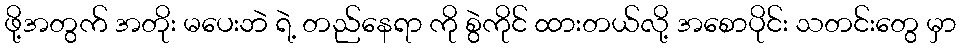
ဖို့အတွက် အတိုး မပေးဘဲ ရဲ့ တည်နေရာ ကို စွဲကိုင် ထားတယ်လို့ အစောပိုင်း သတင်းတွေ မှာ